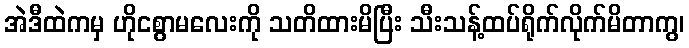
အဲဒီထဲကမှ ဟိုငစွာမလေးကို သတိထားမိပြီး သီးသန့်ထပ်ရိုက်လိုက်မိတာကွ၊